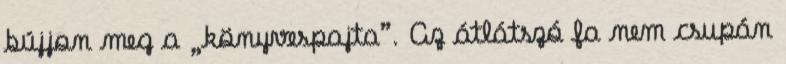
bújjon meg a „könyvespajta”. Az átlátszó fa nem csupán